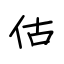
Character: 估